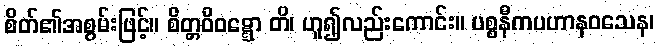
စိတ်၏အစွမ်းဖြင့်။ စိတ္တဝိဝဋ္ဋော တိ၊ ဟူ၍လည်းကောင်း။ ပစ္စနီကပဟာနဝသေန၊